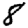
Digit: 8